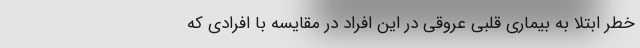
خطر ابتلا به بیماری قلبی عروقی در این افراد در مقایسه با افرادی که